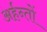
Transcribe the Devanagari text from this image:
अर्हन्तों